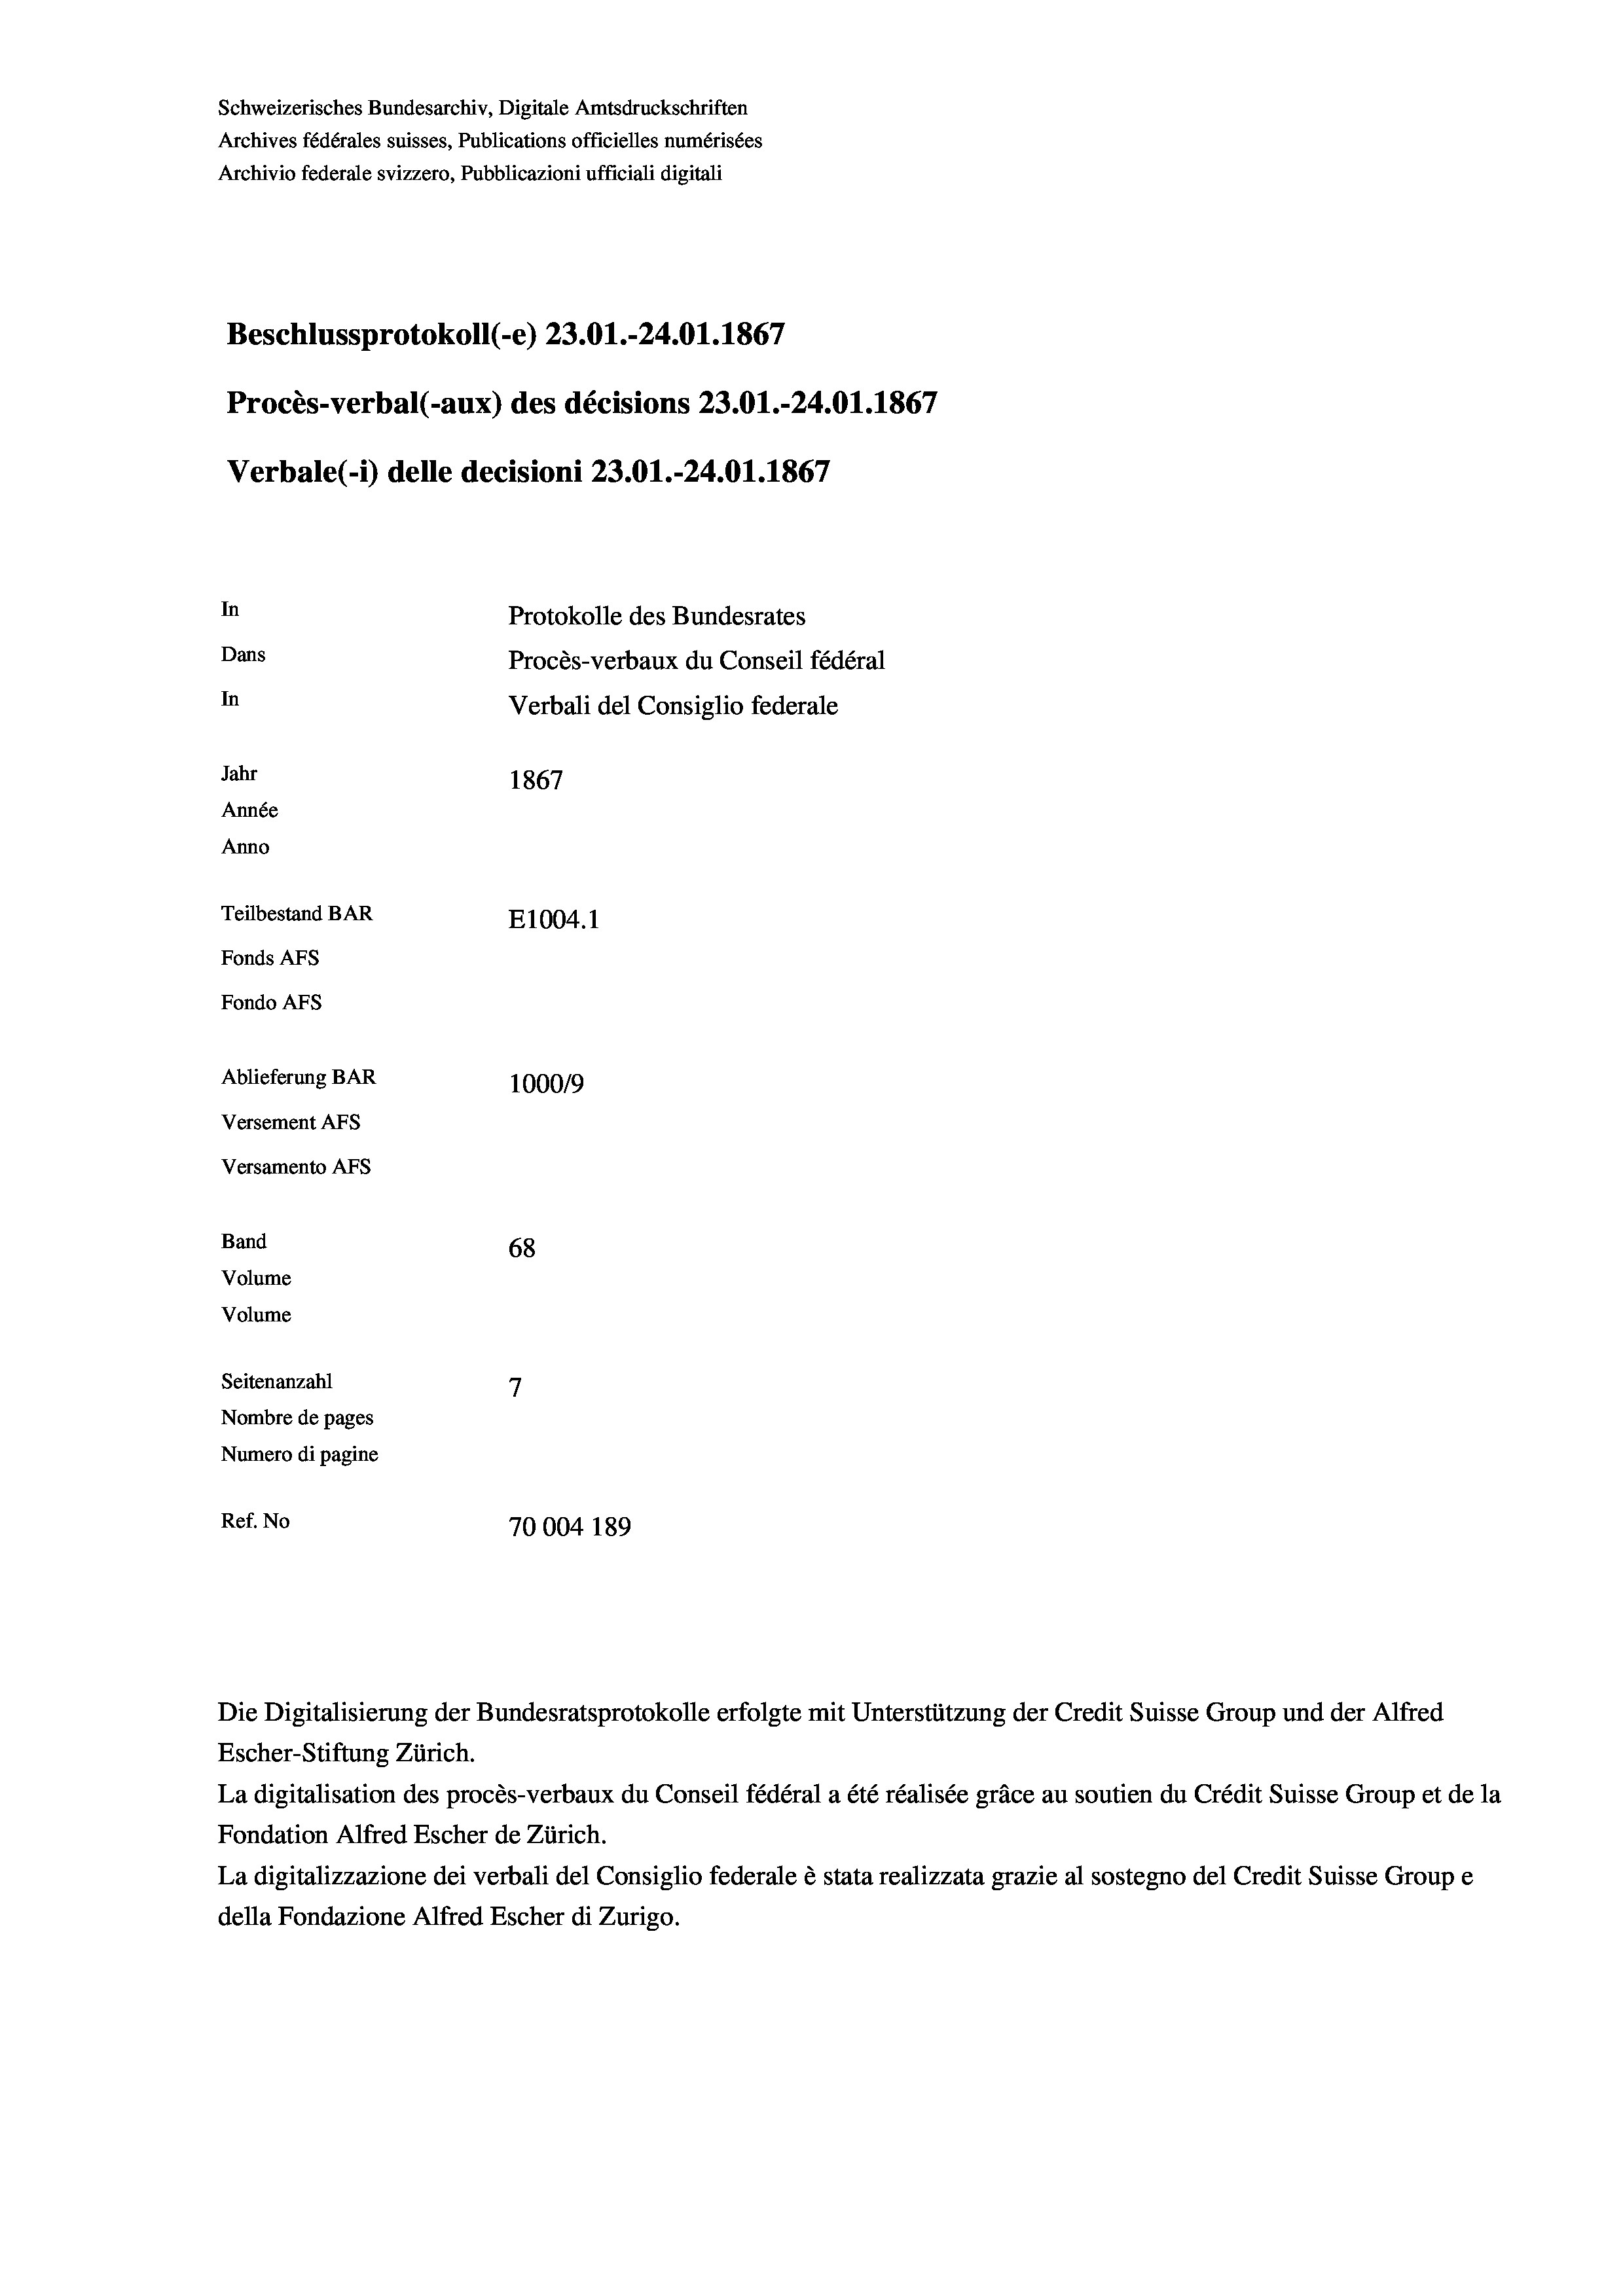
Schweizerisches Bundesarchiv, Digitale Amtsdruckschriften
Archives fédérales suisses, Publications officielles numérisées
Archivio federale svizzero, Pubblicazioni ufficiali digitali
Beschlussprotokoll (-e) 23.01.-24.01. 1867
Procès-verbal (-aux) des décisions 23.01.-24.01. 1867
Verbale(-*) delle decisioni 23.01.-24.01. 1867
In
Protokolle des Bundesrates
Dans
Procès-verbaux du Conseil fédéral
In
Verbali del Consiglio federale
Jahr
1867
Année
Anno
Teilbestand BAR
E1004.1
Fonds Afs
Fondo AFS
Ablieferung BAR
100019
Versement AFs
Versamento AFs
Band
68
Volume
Volume
Seitenanzahl
7
Nombre de pages
Numero di pagine
Ref. No
70004 189

La digitalisation des procès-verbaux du Conseil fédéral a été réalisée gräce au soutien du Crédit Suisse Group et de la
Fondation Alfred Escher de Zürich.
La digitalizzazione dei verbali del Consiglio federale è stata realizzata grazie al sostegno del Credit Suisse Groupe
della Fondazione Alfred Escher di Zurigo.

Escher-Stiftung Zürich.

Die Digitalisierung der Bundesratsprotokolle erfolgte mit Unterstützung der Credit Suisse Group und der Alfred